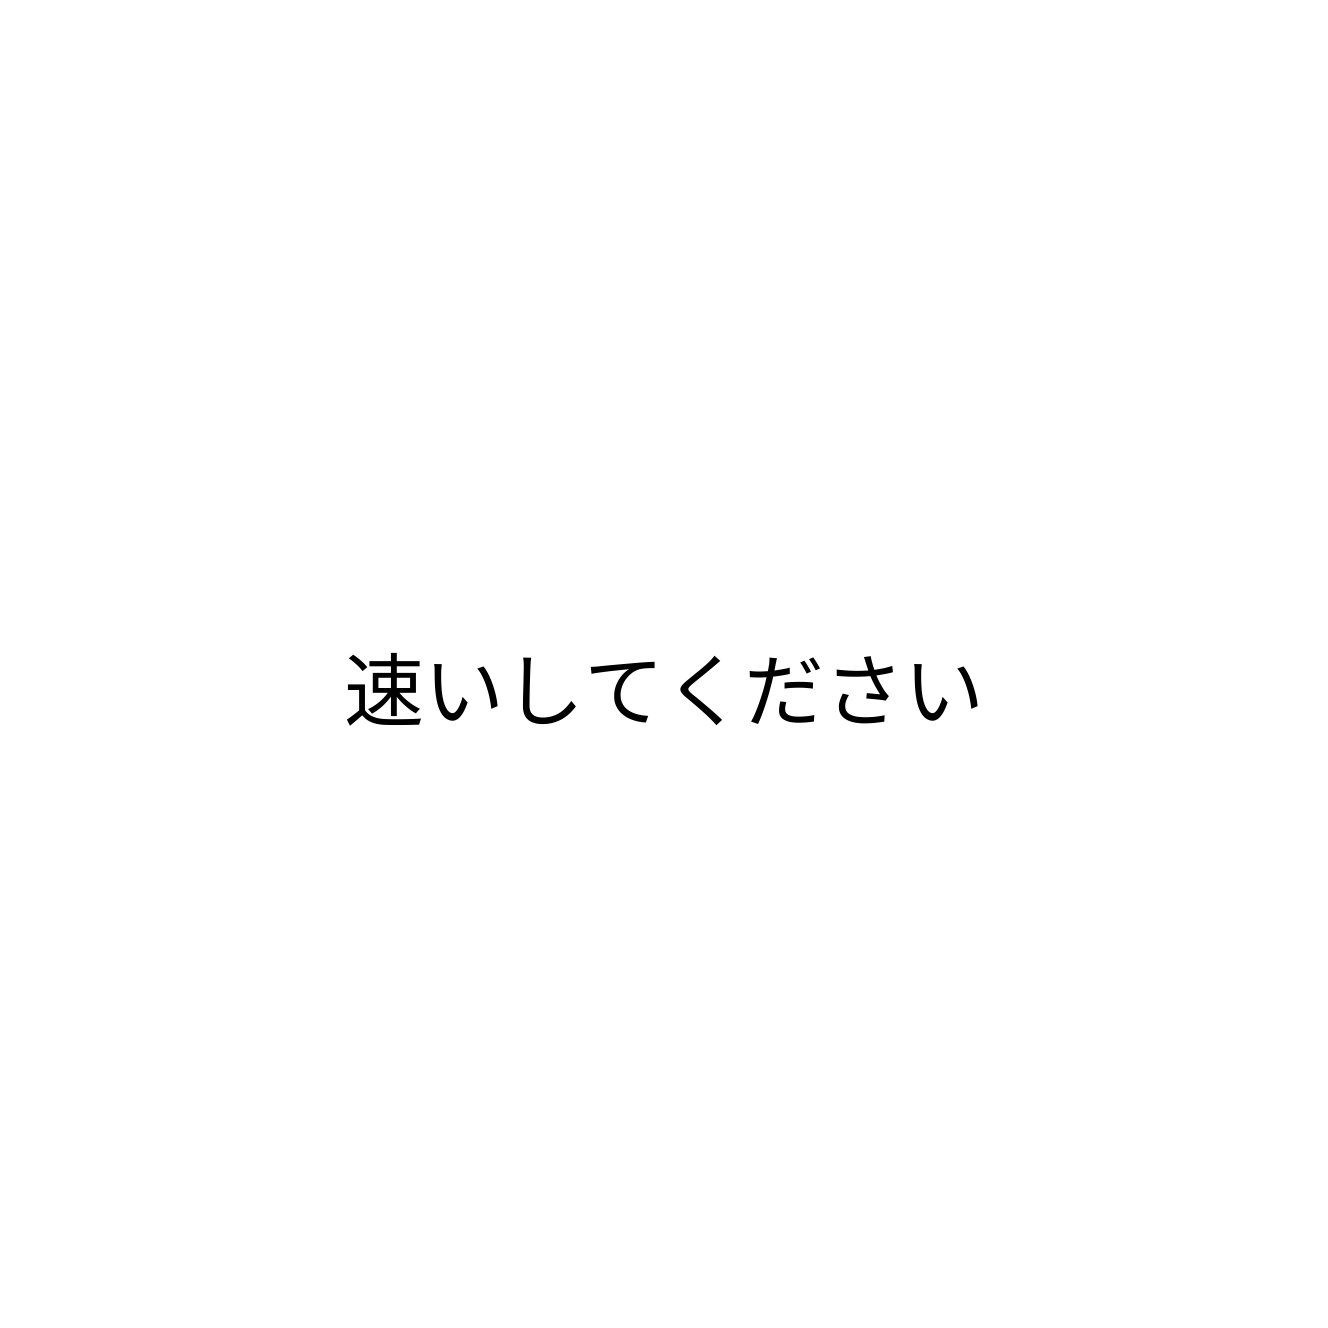
速いしてください